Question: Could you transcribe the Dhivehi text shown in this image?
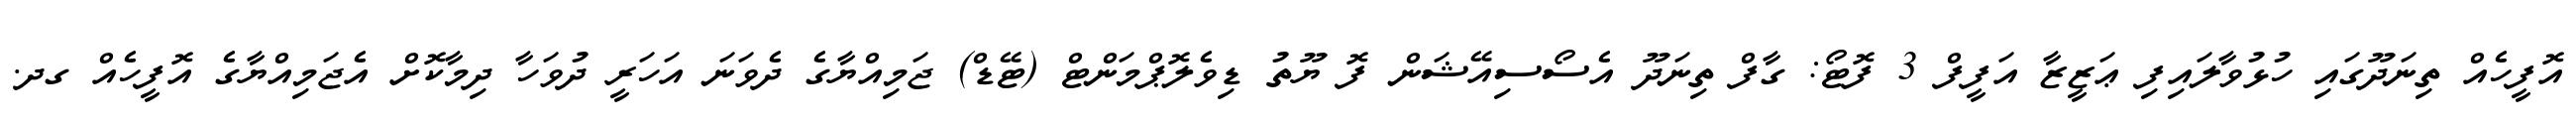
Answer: އޮފީހެއް ތިނަދޫގައި ހުޅުވާލައިފި ޢަޒީޒާ އަފީފް 3 ފޮޓޯ: ގާފް ތިނަދޫ އެސޯސިއޭޝަން ފޮ ޔޫތު ޑިވެލޮޕްމަންޓް (ޓޭޑް) ޖަމިއްޔާގެ ދެވަނަ އަހަރީ ދުވަހާ ދިމާކޮށް އެޖަމިއްޔާގެ އޮފީހެއް ގދ.